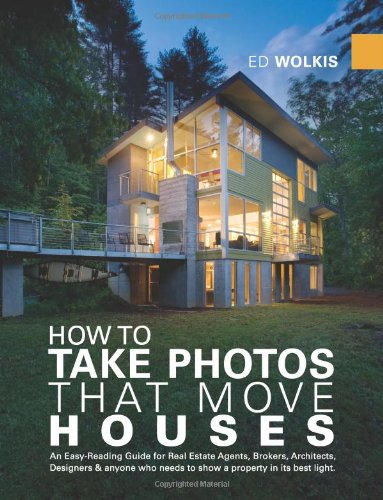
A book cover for How To Take Photos That Move Houses, An Easy-Reading Guide for Real Estate Agents, Brokers, Architects, Designers, & anyone who needs to show a property in its best light.; Ed Wolkis; Arts & Photography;